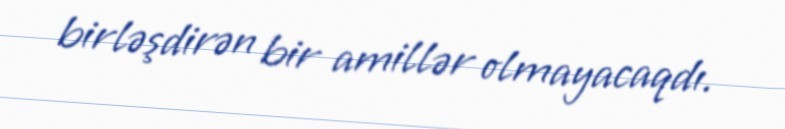
birləşdirən bir amillər olmayacaqdı.